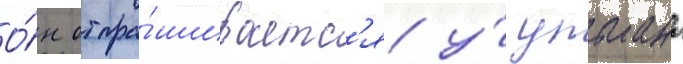
О́н отпра́шиваетс'я у́ ульмана